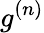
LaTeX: g^{(n)}